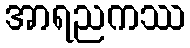
အာရညကဿ